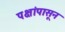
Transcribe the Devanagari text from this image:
पक्षांपासून